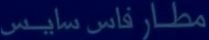
مطار فاس سايس